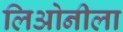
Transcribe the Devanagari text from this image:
लिओनीला